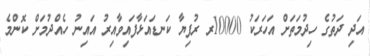
އަދި ދަތުގެ ހިދުމަތަށް އަހަރަކު 10000ރ ރުފިޔާ ކަނޑައަޅާފައިވާއިރު އައިނު ހެއްދުމަށް ކޮންމެ